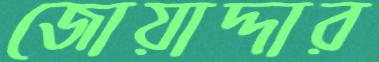
জোয়াদ্দার